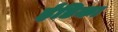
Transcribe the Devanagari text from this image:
ईंडिका